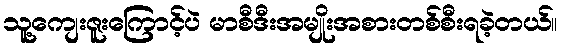
သူ့ကျေးဇူးကြောင့်ပဲ မာစီဒီးအမျိုးအစားတစ်စီးရခဲ့တယ်။